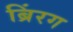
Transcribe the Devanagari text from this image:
ब्रिंरग